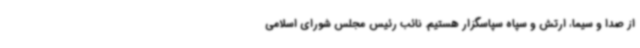
از صدا و سیما، ارتش و سپاه سپاسگزار هستیم. نائب رئیس مجلس شورای اسلامی